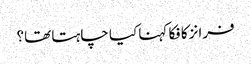
فرانز کافکا کہنا کیا چاہتا تھا؟